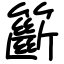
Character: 籪